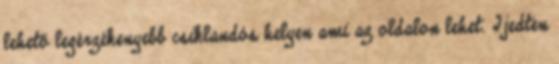
lehető legérzékenyebb csiklandós helyen ami az oldalon lehet. Ijedten